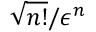
\sqrt { n ! } / \epsilon ^ { n }